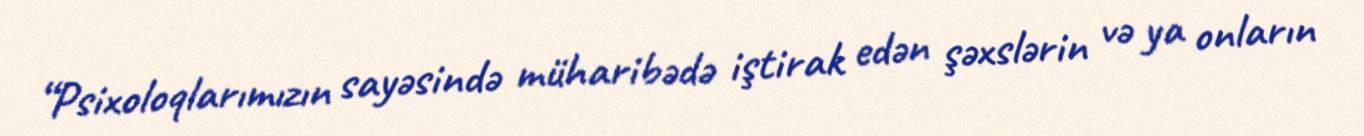
“Psixoloqlarımızın sayəsində müharibədə iştirak edən şəxslərin və ya onların